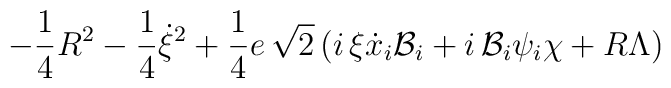
-\frac{1}{4}R^{2}-\frac{1}{4}\dot{\xi }^{2}+\frac{1}{4}e\, \sqrt{2}\left(i\, \xi \dot{x}_{i}{\cal {B}}_{i}+i\, {\cal {B}}_{i}\psi _{i}\chi +R\Lambda\right)